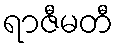
ရာဇီမတီ